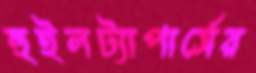
হুইলট্যাপার্সের